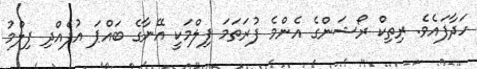
ހަދާފައެވެ. ރިތިކް ރޯޝަންގެ އެންމެ ފުރަތަމަ ފިލްމަކީ އޭނާގެ ބައްޕަ އުފެއްދި ފިލްމު